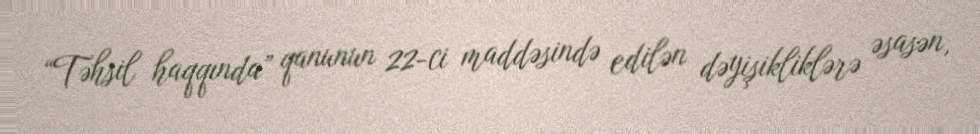
“Təhsil haqqında” qanunun 22-ci maddəsində edilən dəyişikliklərə əsasən,